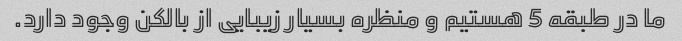
ما در طبقه 5 هستیم و منظره بسیار زیبایی از بالکن وجود دارد.